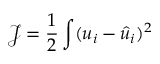
\mathcal { J } = \frac { 1 } { 2 } \int ( u _ { i } - \hat { u } _ { i } ) ^ { 2 }